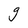
Character: g